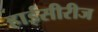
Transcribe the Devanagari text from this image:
हाईसीरीज